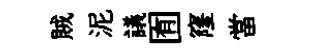
賊泥議囿窿當